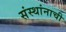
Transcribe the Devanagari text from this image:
संस्थांनाची